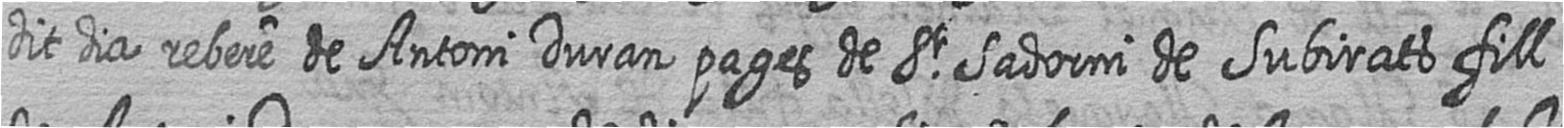
dit dia rebere de Antoni Duran pages de St Sadorni de Subirats fill